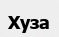
Хуза